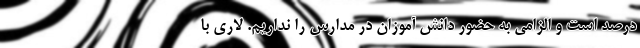
درصد است و الزامی به حضور دانش آموزان در مدارس را نداریم. لاری با